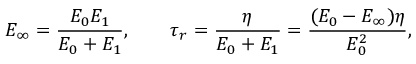
E _ { \infty } = \frac { E _ { 0 } E _ { 1 } } { E _ { 0 } + E _ { 1 } } , \qquad \tau _ { r } = \frac { \eta } { E _ { 0 } + E _ { 1 } } = \frac { ( E _ { 0 } - E _ { \infty } ) \eta } { E _ { 0 } ^ { 2 } } ,